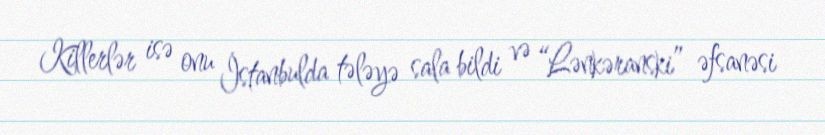
Killerlər isə onu İstanbulda tələyə sala bildi və “Lənkəranski” əfsanəsi